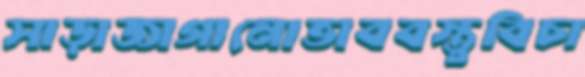
সাড়াজাগানোভাববস্তুবিচা